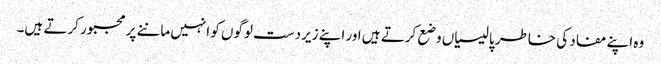
وہ اپنے مفاد کی خاطر پالیسیاں وضع کرتے ہیں اور اپنے زیردست لوگوں کو انہیں ماننے پر مجبور کرتے ہیں۔